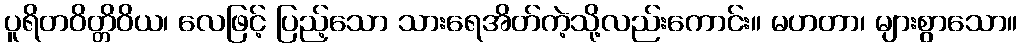
ပူရိတဝိတ္တိဝိယ၊ လေဖြင့် ပြည့်သော သားရေအိတ်ကဲ့သို့လည်းကောင်း။ မဟတာ၊ များစွာသော။